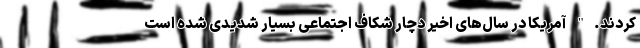
کردند." آمریکا در سال‌های اخیر دچار شکاف اجتماعی بسیار شدیدی شده است